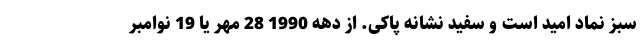
سبز نماد امید است و سفید نشانه پاکی. از دهه 1990 28 مهر یا 19 نوامبر